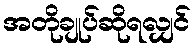
အတိုချုပ်ဆိုရလျှင်